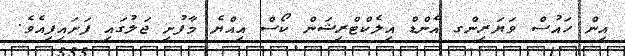
އިން ހައުސް ވަޔަރިންގ އެންޑް އިލެކްޓްރިޝަން ކޯސް އިއްޔެ މާފުށި ޖަލުގައި ފަށައިފިއެވެ.